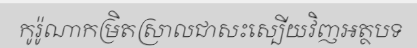
កូរ៉ូណាកម្រិតស្រាលជាសះស្បើយវិញអត្ថបទ